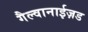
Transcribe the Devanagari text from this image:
गैल्वानाईज़ड